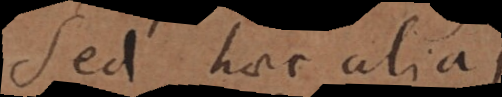
Sed haec alias